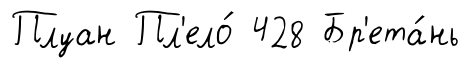
Плуан Пл'ело́ 428 Бр'ета́нь